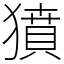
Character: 獖